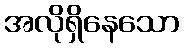
အလိုရှိနေသော